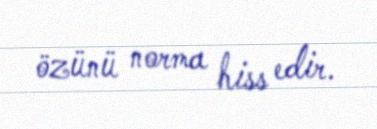
özünü norma hiss edir.